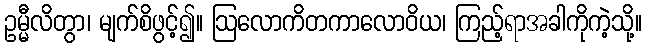
ဥမ္မီလိတွာ၊ မျက်စိဖွင့်၍။ ဩလောကိတကာလောဝိယ၊ ကြည့်ရာအခါကိုကဲ့သို့။